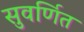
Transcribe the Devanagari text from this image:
सुवर्णित